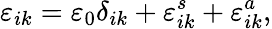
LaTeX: \varepsilon_{ik}=\varepsilon_{0}\delta_{ik}+\varepsilon_{ik}^{s}+\varepsilon_{ik}^{a},